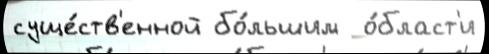
суще́ств'енной бо́льшим  о́бласт'и